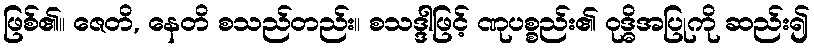
ဖြစ်၏။ ဇေတိ, နေတိ စသည်တည်း။ စသဒ္ဒါဖြင့် ဏုပစ္စည်း၏ ဝုဒ္ဓိအပြုကို ဆည်း၍